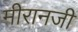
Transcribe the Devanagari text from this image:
मीरानजी